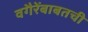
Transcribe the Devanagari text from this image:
वगैरेंबाबतची